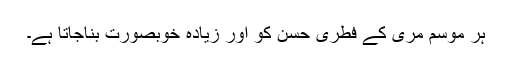
ہر موسم مری کے فطری حسن کو اور زیادہ خوبصورت بناجاتا ہے۔